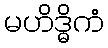
မဟိဒ္ဓိကံ